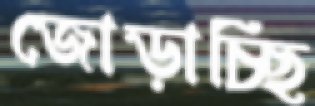
জোড়াচ্ছি